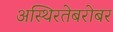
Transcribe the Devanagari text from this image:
अस्थिरतेबरोबर